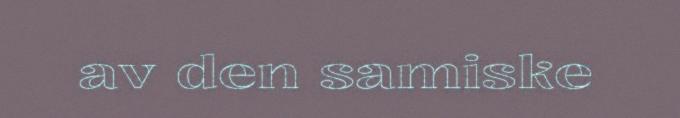
av den samiske